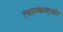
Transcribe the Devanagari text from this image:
त्साघ्काद्ज़ोर